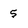
Character: 5